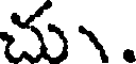
చ.